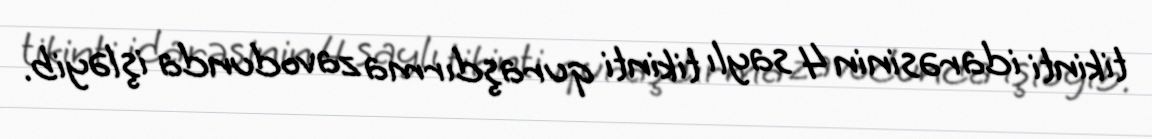
tikinti idarəsinin 4 saylı tikinti quraşdırma zavodunda işləyib.